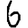
Digit: 6